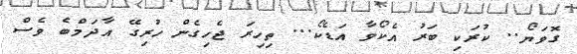
ގޮވަޔޯ.. ކުރަކި ބަރު އެކޯވާ އަޑެކޯ... ތިހިރަ ޖެހިގެން ހުރިގޭ އާދަމްބެ ވެސް